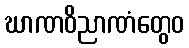
ဃာဏဝိညာဏံတွေဝ